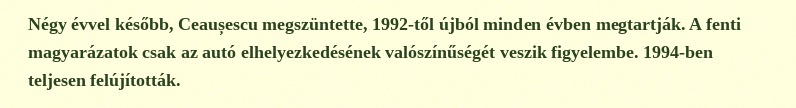
Négy évvel később, Ceaușescu megszüntette, 1992-től újból minden évben megtartják. A fenti magyarázatok csak az autó elhelyezkedésének valószínűségét veszik figyelembe. 1994-ben teljesen felújították.